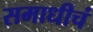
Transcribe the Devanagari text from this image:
समाधीचं